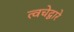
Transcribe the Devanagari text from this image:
त्वचेद्वारे